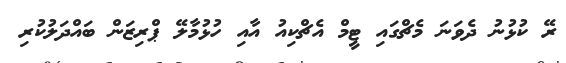
ރޭ ކުޅުނު ދެވަނަ މެޗްގައި ޓީމް އެޗްކިއު އާއި ހުޅުމާލޭ ޕްރިޒަން ބައްދަލުކުރި